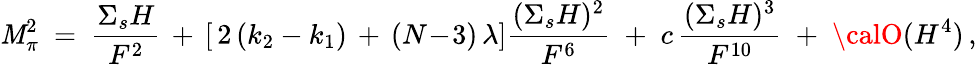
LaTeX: \mathit{M}_{\pi}^{2}\ =\ \frac{{{\Sigma}_{s}H}}{{F^{2}}}\, +\, [\, 2\, (k_{2}-k_{1})\, +\, (N\! -\! 3)\, \lambda]\frac{{({\Sigma}_{s}H)^{2}}}{{F^{6}}}\; +\; c\, \frac{{({\Sigma}_{s}H)^{3}}}{{F^{10}}}\; +\; {\calO}(H^{4})\, ,